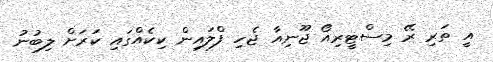
އީ ތަރި ރޭ މިސްޓީރިއޯ ޖޫނިއާ ޖެހި ފްލައިން ކިކެއްގައި ކަރަށް ލިބުނު